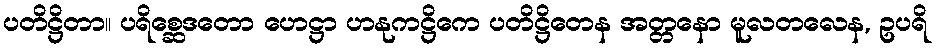
ပတိဋ္ဌိတာ။ ပရိစ္ဆေဒတော ဟေဋ္ဌာ ဟနုကဋ္ဌိကေ ပတိဋ္ဌိတေန အတ္တနော မူလတလေန, ဥပရိ